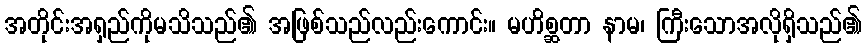
အတိုင်းအရှည်ကိုမသိသည်၏ အဖြစ်သည်လည်းကောင်း။ မဟိစ္ဆတာ နာမ၊ ကြီးသောအလိုရှိသည်၏